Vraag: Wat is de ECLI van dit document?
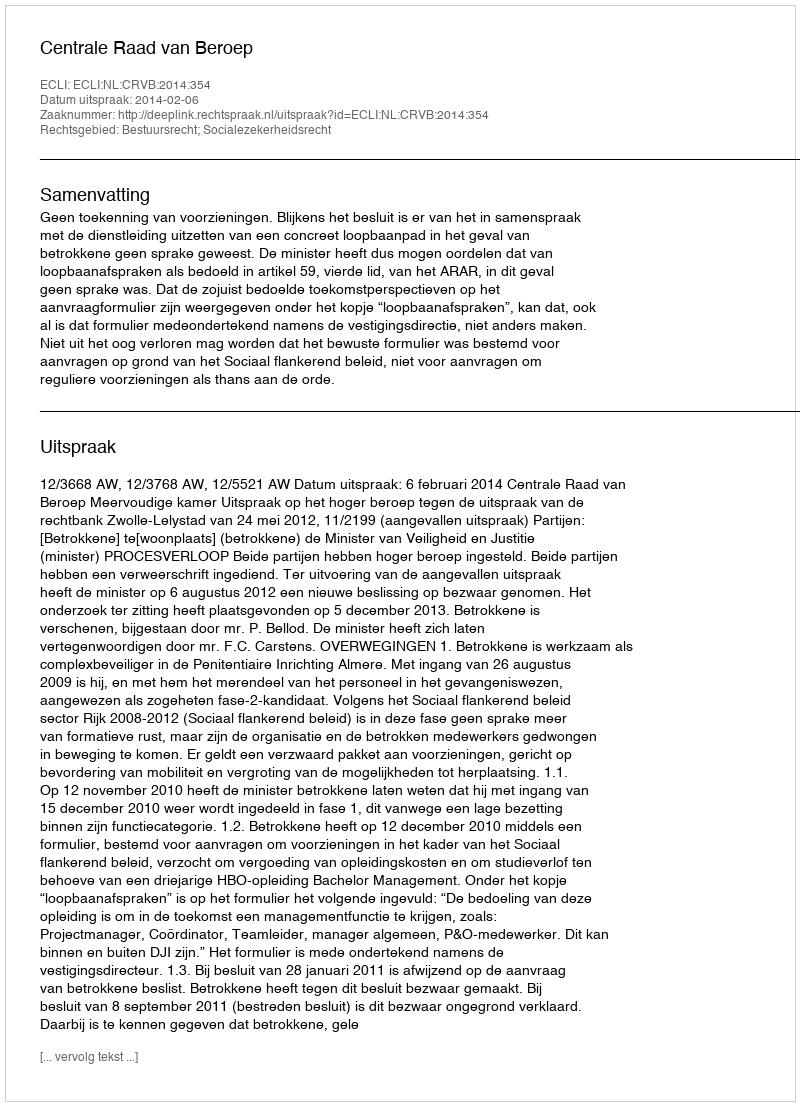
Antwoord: ECLI:NL:CRVB:2014:354